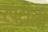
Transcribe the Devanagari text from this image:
रपटीली